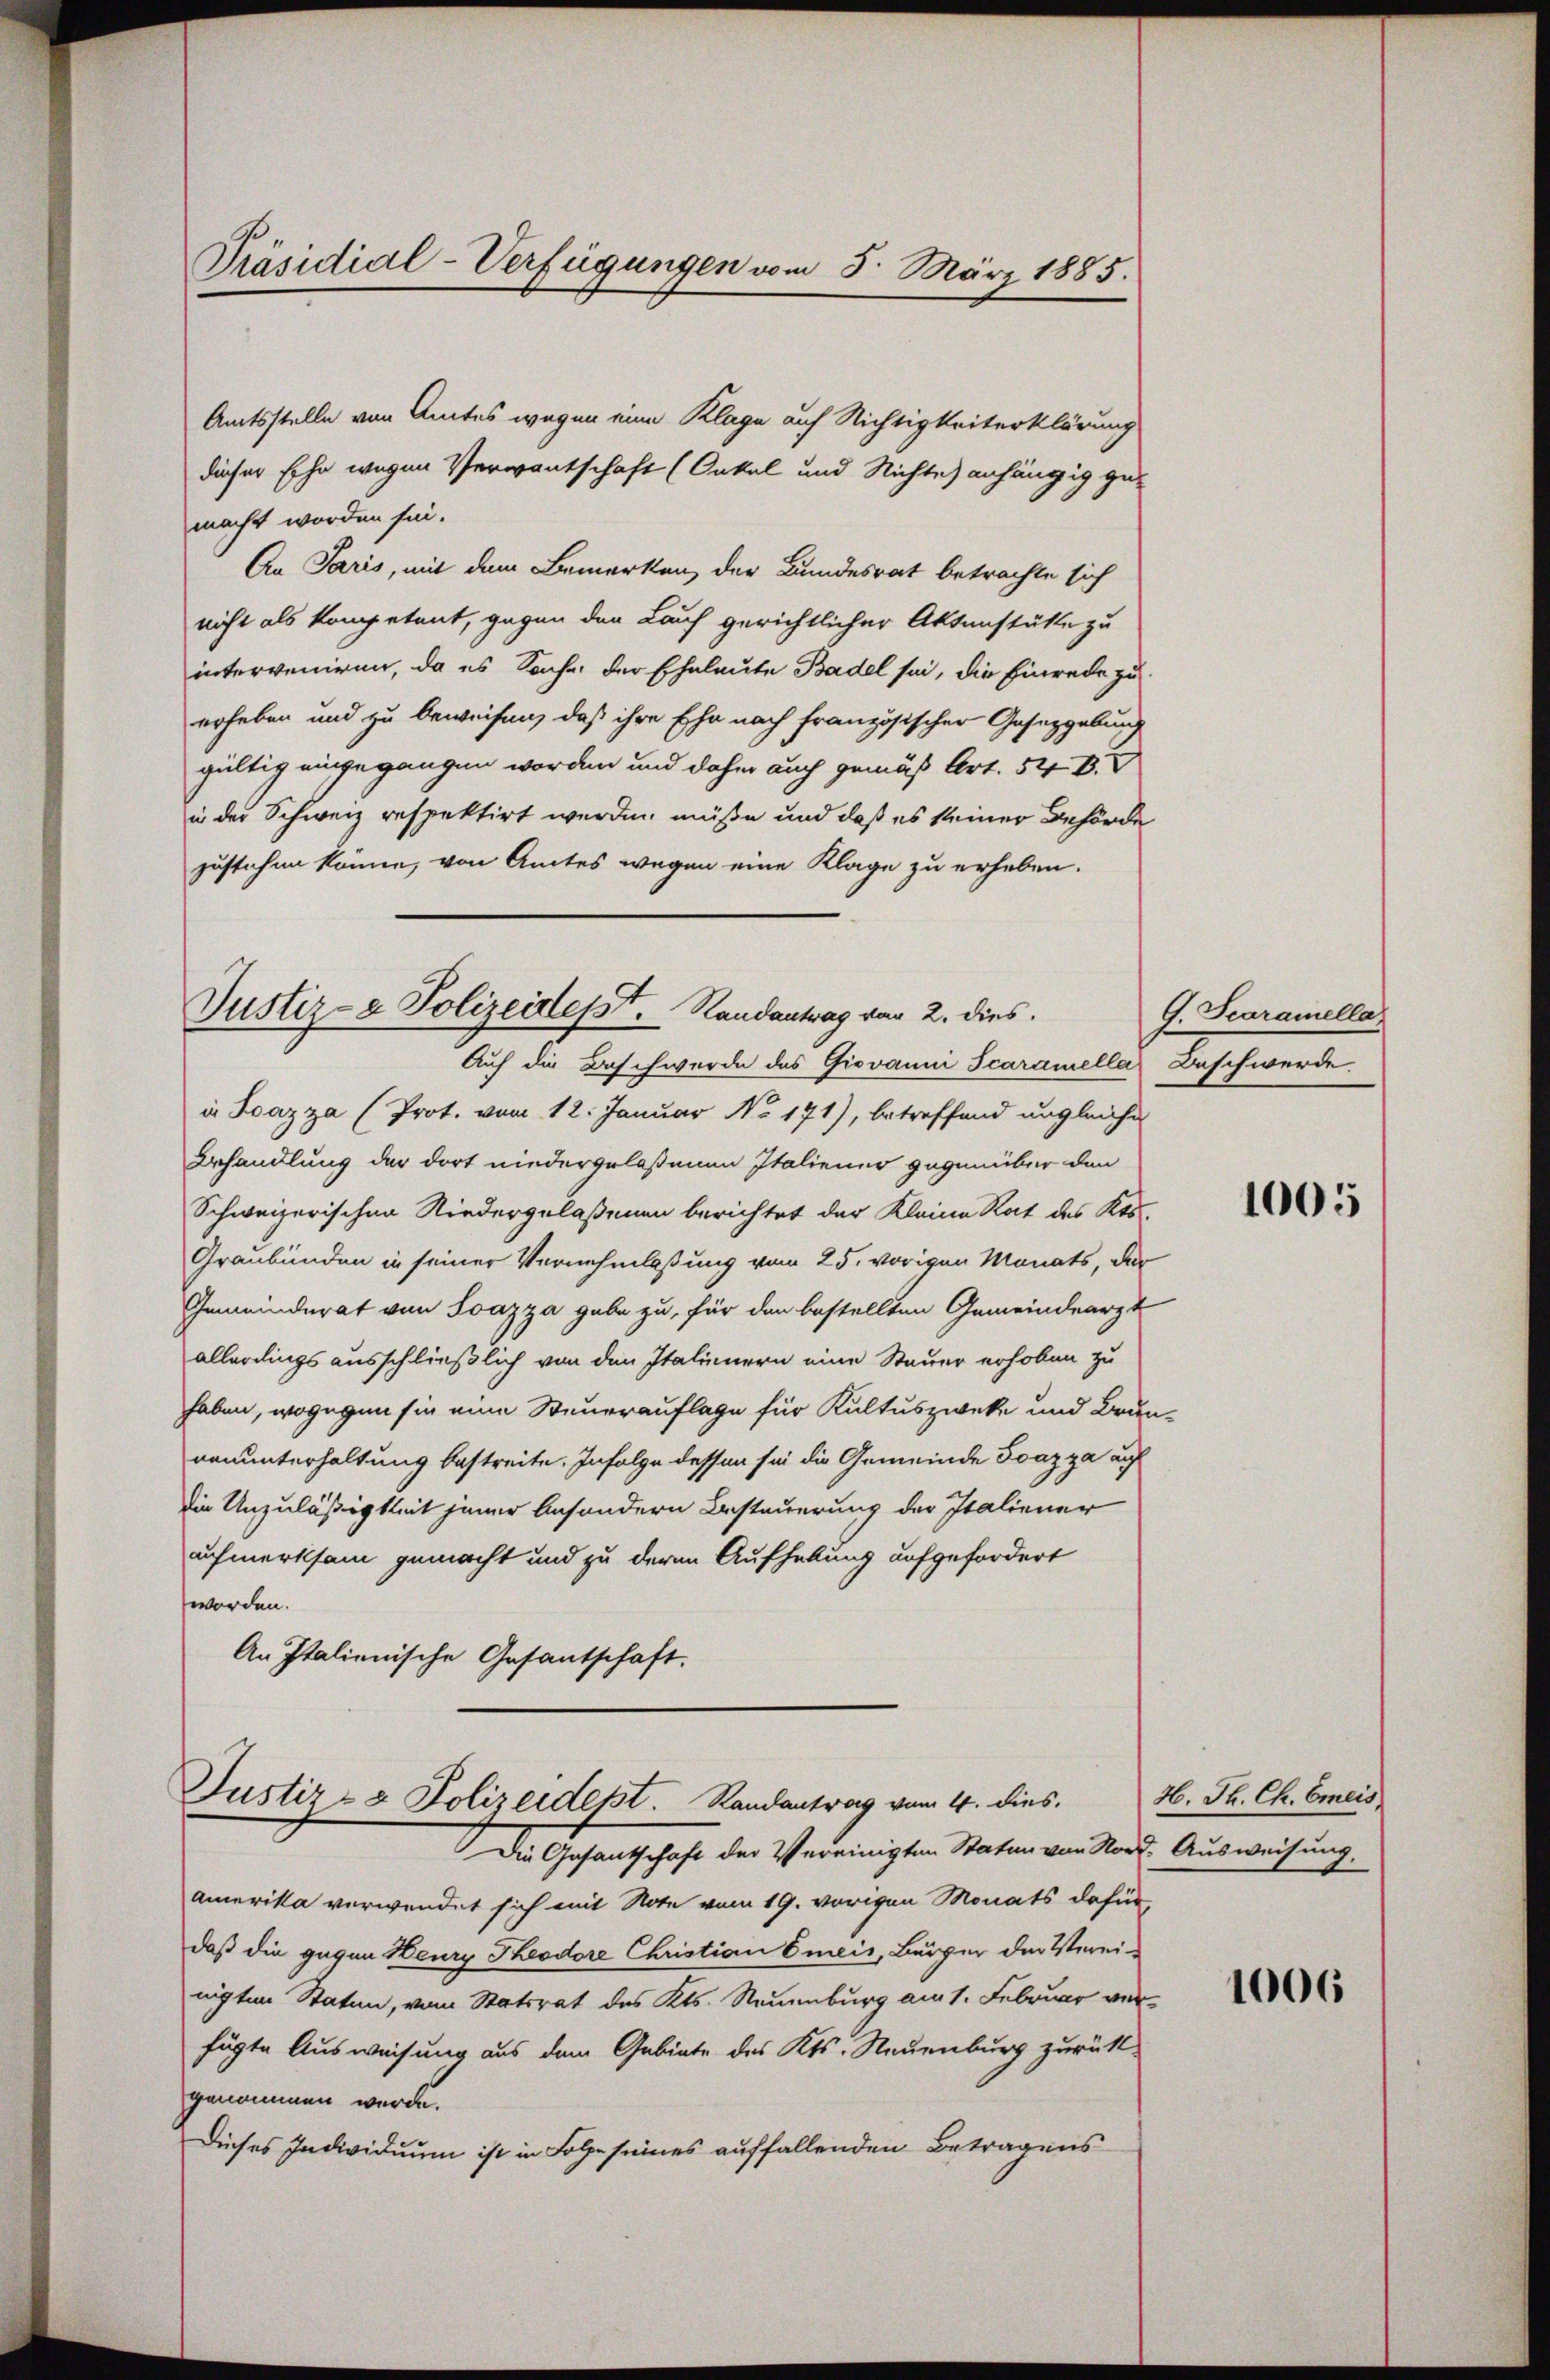
Präsidial-Verfügungen vom 5. März 1885.

Amtsstelle von Amtes wegen eine Klage auf Nichtigkeiterklärung
dieser Ehe wegen Verwantschaft (Onkel und Nichte) anhängig gemacht worden sein.
An Paris, mit dem Bemerken, der Bundesrat betrachte sich
nicht als kompetent, gegen den Lauf gerichtlicher Aktenstätte zu
interveniren, da es Sache der Eheleute Basel sei, die Einrede zu
erheben und zu beweisen, daß ihre Ehe nach französischer Gesetzgebungs
gültig eingegangen worden und daher auch gemäß Art. 54 k.
in der Schweiz respektirt werden, müße und daß es seiner Behörde
zustehen könne, von Amtes wegen eine Klage zu erheben.

Justiz- & Polizeidept. Randantrag vom 2. dies
Auf die Beschwerde des Giovanni Scaramella Beschwerde

Justiz- & Polizeidept. Randantrag vom 4. dies

i. Lazza (Prot. vom 12. Januar No. 171), betreffend ungleiche
Behandlung der dort niedergelassenen Italiener gegenüber den
Schweizerischen Niedergelassenen berichtet der Kleine Rat des Kts.
Graubünden in seiner Vernehmlaßung vom 25. vorigen Monats, der
Gemeinderat von Ioazza gabe zu, für den bestellten Gemeindearzt
allerdings ausschließlich von den Italinnern eine Steuer erhoben zu
haben, wogegen sie eine Steuerauflage für Kultuszwecke und Brunvenunterhaltung bestreite. Infolge dessen sie die Gemeinde Ivazza auf
die Unzuläßigkeit jener besondern Besteuerung der Italiener
aufmerksam gemacht und zu deren Aufhebung aufgefordert
worden.
An Italienische Gesantschaft.

Die Gesantschaft der Vereinigten Staten von Nord. Ausweisung,
amerika verwendet sich mit Note vom 19. vorigen Monats dafür,
daß die gegen Heury Theodore Christian Cmeis, Bürger der Vereinigten Staten, vom Statsrat des Kts. Neuenburg am 1. Februar verfügte Ausweisung aus dem Gebiete des Kts. Neuenburg zurückgenommen wurde.
Dieses Individuum ist in Folge seines auffallenden Betragens

G. Scaramella

1005

H. Th. Ch. Emeis

1006